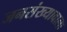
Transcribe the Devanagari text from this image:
जनसंख्यावाला